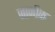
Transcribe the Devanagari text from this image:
जानीक